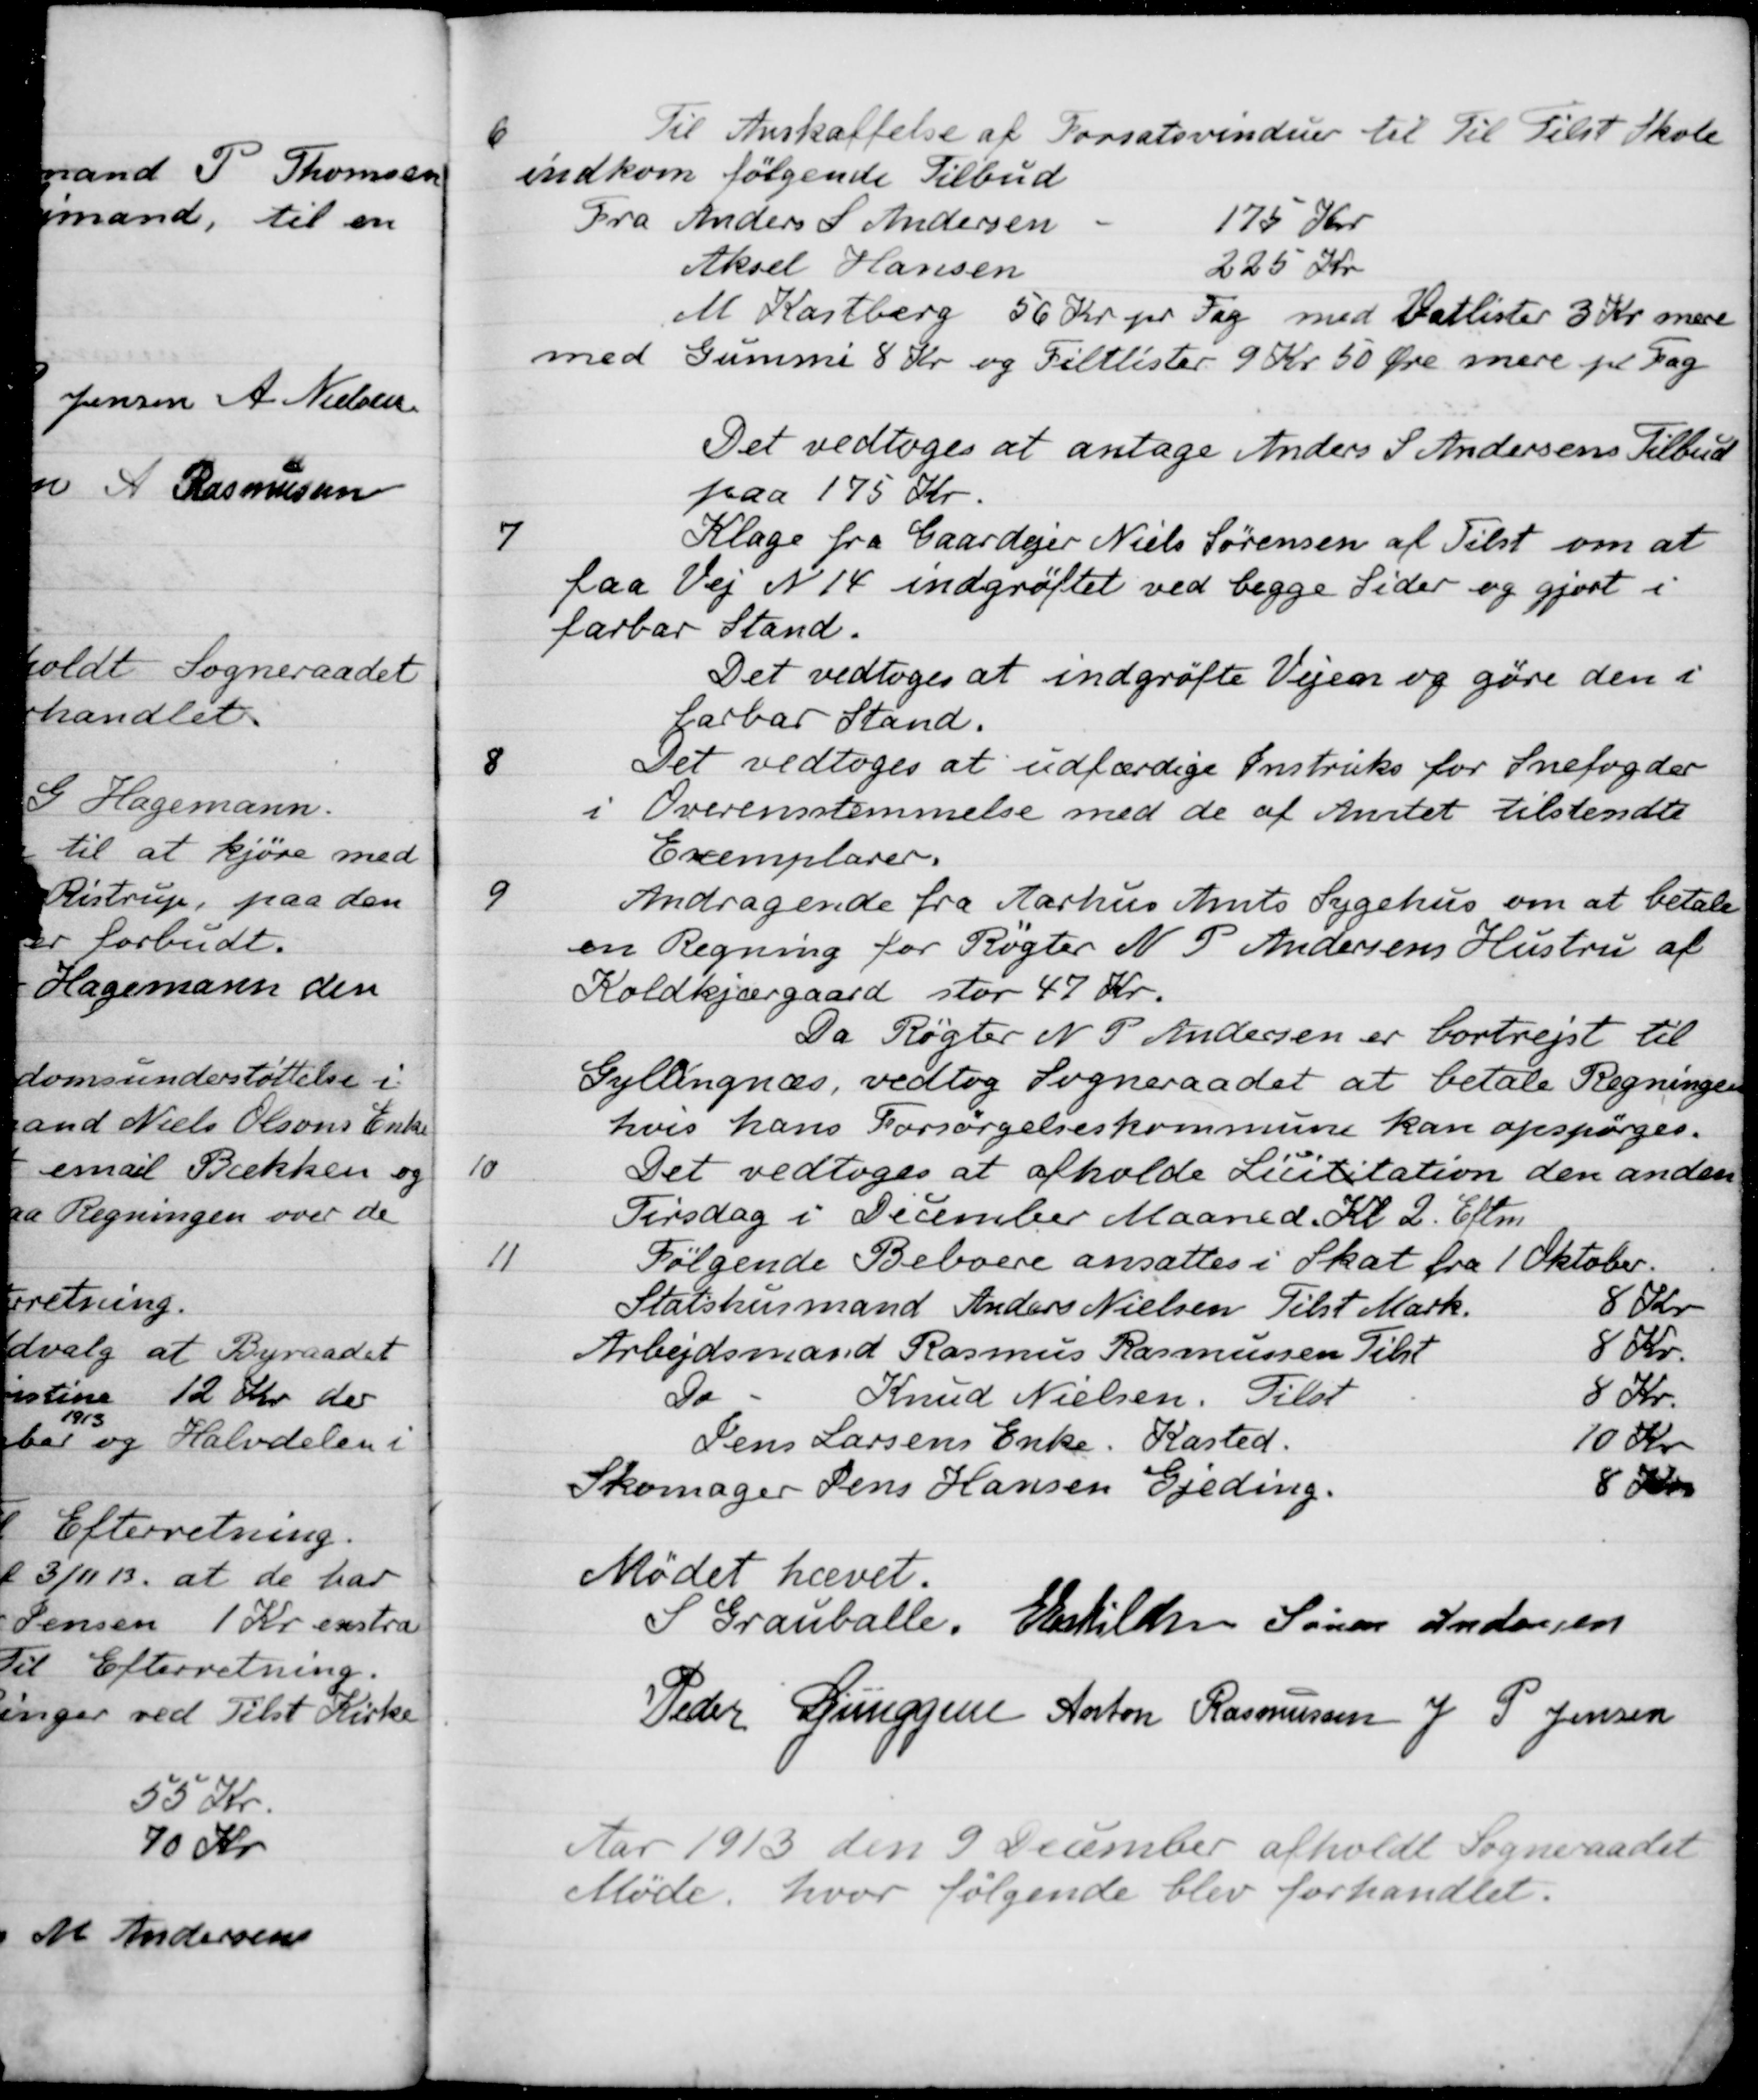
Transskription:
6
Til Anskaffelse af Forsatsvinduer til Til Tilst Skole
indkom følgende Tilbud
Fra Anders S Andersen
175 Kr
Aksel Hansen
225 Kr.
M Kastberg 56 Kr pr Fag med Vatlister 3 Kr mere
med Gummi 8 Kr og Filtlister 9 Kr 50 Øre mere pr Dag
Det vedtoges at antage Anders S Andersens Tilbud
paa 175 Kr.
7
Klage fra Gaardejer Niels Sørensen af Tilst om at
faa Vej N 14 indgrøftet ved begge Sider og gjort i
farbar Stand.
Det vedtoges at indgrøfte Vejen og gøre den i
farbar Stand.
8
Det vedtoges at udfærdige Instruks for Snefogder
i Overensstemmelse med de af Amtet tilskendte
Exemplarer.
9
Andragende fra Aarhus Amts Sygehus om at betale
en Regning for Røgter N. P. Andersens Hustru af
Koldkjærgaard stor 47 Kr.
Da Røgter N. P Andersen er bortrejst til
Gyllingnæs vedtog Sogneraadet at betale Regningen
hvis hans Forsørgelseskommune kan afspørges.
10
Det vedtoges at afholde Licititation den anden
Tirsdag i December Maaned. Kl 2. Eftm
11
Følgende Beboere ansattes i Skat fra 1 Oktober.
Statshusmand Anders Nielsen Tilst Mark.
8 kr
Arbejdsmand Rasmus Rasmussen Tilst
8 Kr.
do. Knud Nielsen. Tilst
8 Kr.
Jens Larsens Enke. Kasted.
10 Kr
Skomager Jens Hansen Gjeding.
8 Kr
Mødet hævet.
S Grauballe
E Eskilden
Søren Andersen
Peder Lunggren
Anton Rasmussen
J. P. Jensen
Aar 1913 den 9 December afholdt Sogneraadet
Møde, hvor følgende blev forhandlet.